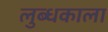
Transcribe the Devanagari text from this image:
लुब्धकाला